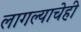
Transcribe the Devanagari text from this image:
लागल्याचेही